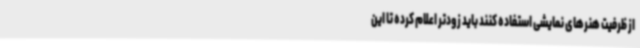
از ظرفیت هنرهای نمایشی استفاده کنند باید زودتر اعلام کرده تا این